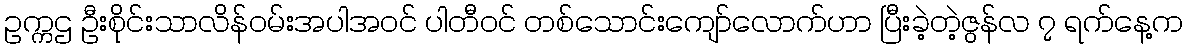
ဥက္ကဌ ဦးစိုင်းသာလိန်ဝမ်းအပါအဝင် ပါတီဝင် တစ်သောင်းကျော်လောက်ဟာ ပြီးခဲ့တဲ့ဇွန်လ ၇ ရက်နေ့က